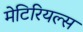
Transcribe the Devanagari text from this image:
मेटिरियल्स